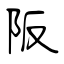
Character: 阪